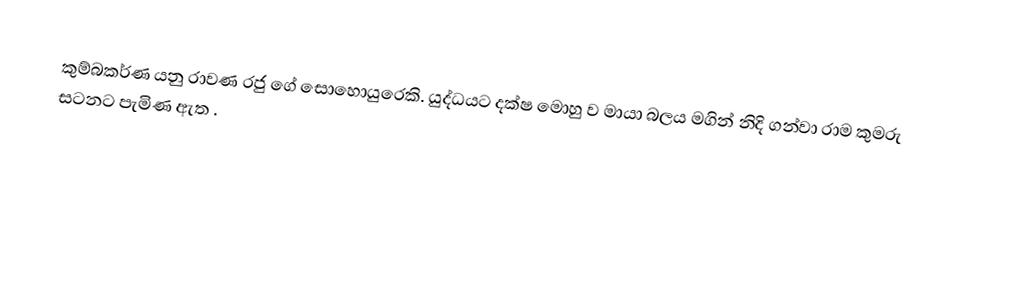
කුම්බකර්ණ යනු රාවණ රජු ගේ සොහොයුරෙකි. යුද්ධයට දක්ෂ මොහු ව මායා බලය මගින් නිදි ගන්වා රාම කුමරු සටනට පැමිණ ඇත .